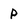
Character: p